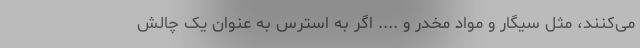
می‌کنند، مثل سیگار و مواد مخدر و .... اگر به استرس به عنوان یک چالش